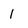
Character: 1